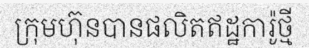
ក្រុមហ៊ុនបានផលិតឥដ្ឋការ៉ូថ្មី